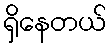
ရှိနေတယ်